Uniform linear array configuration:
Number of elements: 12
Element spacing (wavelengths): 0.25
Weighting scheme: hamming
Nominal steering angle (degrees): -45
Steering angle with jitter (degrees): -43.91
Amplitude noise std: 0.05
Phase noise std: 0.05

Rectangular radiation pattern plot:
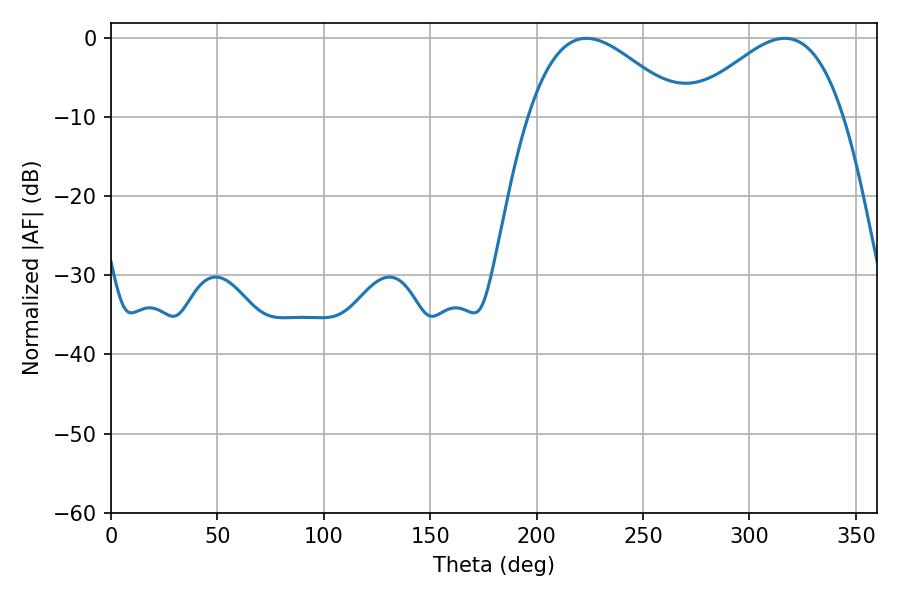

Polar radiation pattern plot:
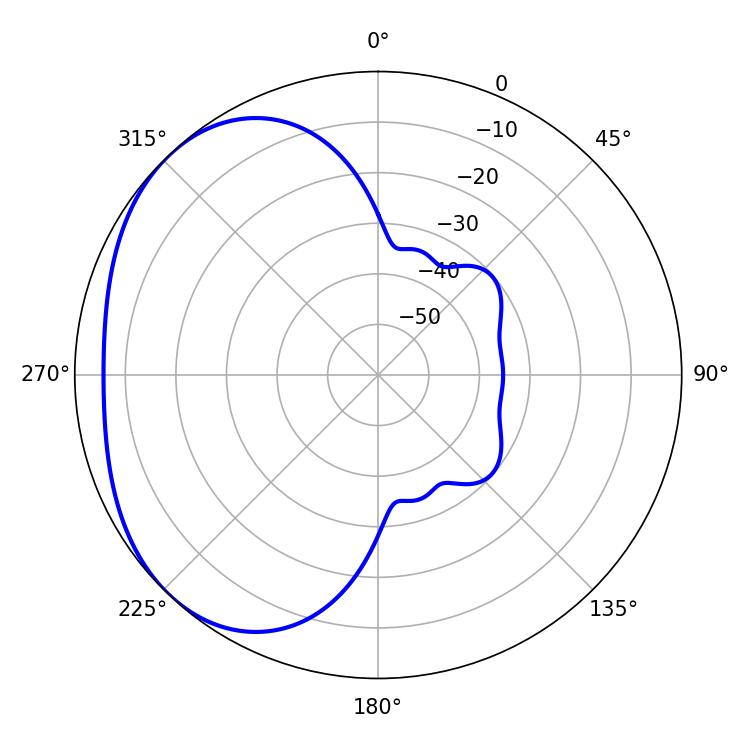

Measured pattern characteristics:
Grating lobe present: FALSE
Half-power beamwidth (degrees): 39.24
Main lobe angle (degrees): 223.38